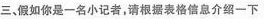
三、假如你是一名小记者，请根据表格信息介绍一下